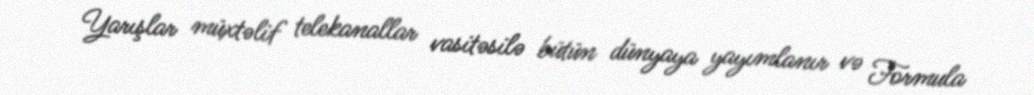
Yarışlar müxtəlif telekanallar vasitəsilə bütün dünyaya yayımlanır və Formula